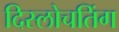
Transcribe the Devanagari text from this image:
दिस्लोचतिंग